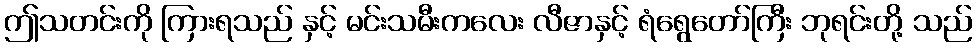
ဤသတင်းကို ကြားရသည် နှင့် မင်းသမီးကလေး လီဇာနှင့် ရံရွေတော်ကြီး ဘုရင်းတို့ သည်